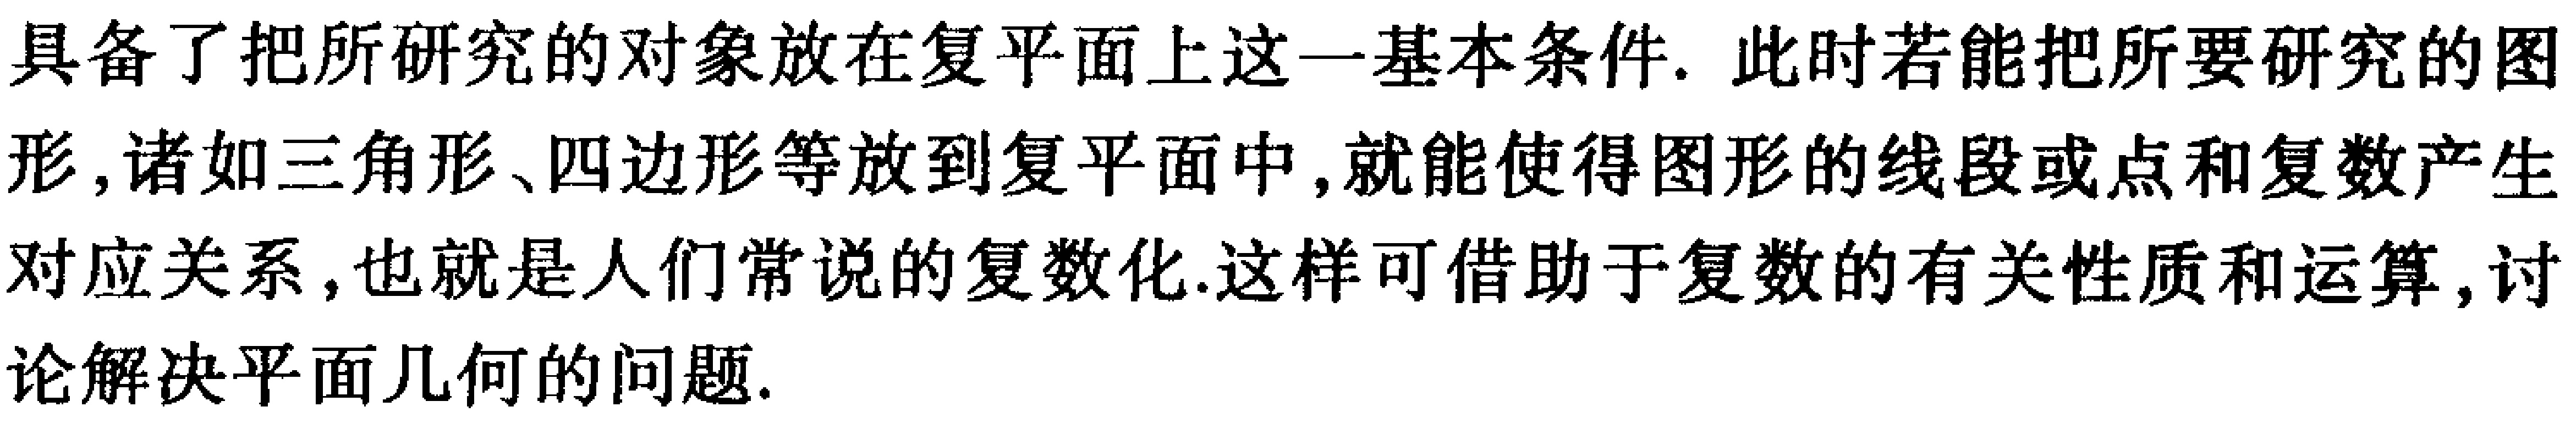
具备了把所研究的对象放在复平面上这一基本条件. 此时若能把所要研究的图形,诸如三角形、四边形等放到复平面中,就能使得图形的线段或点和复数产生对应关系,也就是人们常说的复数化.这样可借助于复数的有关性质和运算,讨论解决平面几何的问题.